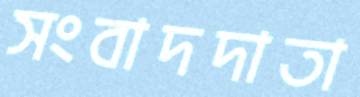
সংবাদদাতা